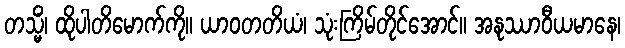
တသ္မိံ၊ ထိုပါတိမောက်ကို။ ယာဝတတိယံ၊ သုံးကြိမ်တိုင်အောင်။ အနုဿာဝီယမာနေ၊